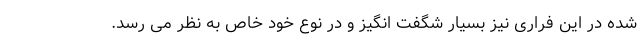
شده در این فراری نیز بسیار شگفت انگیز و در نوع خود خاص به نظر می رسد.